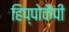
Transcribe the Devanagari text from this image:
हिप्पोकैंपी